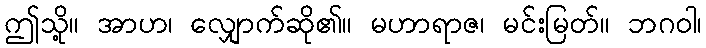
ဤသို့။ အာဟ၊ လျှောက်ဆို၏။ မဟာရာဇ၊ မင်းမြတ်။ ဘဂဝါ၊